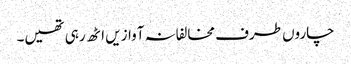
چاروں طرف مخالفانہ آوازیں اٹھ رہی تھیں۔